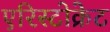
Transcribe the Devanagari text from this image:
एरिस्टोक्रेट